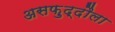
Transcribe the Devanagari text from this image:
असफ़ुद्दौला